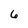
Character: 6